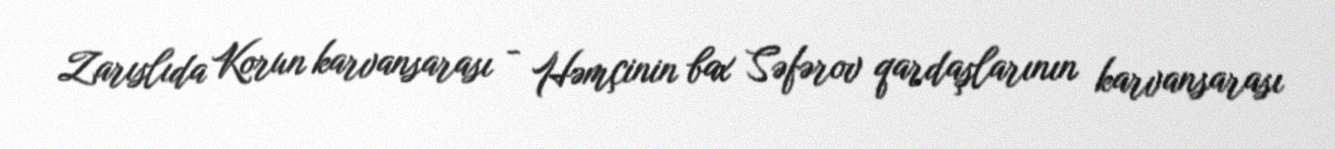
Zarıslıda Korun karvansarası - Həmçinin bax Səfərov qardaşlarının karvansarası